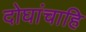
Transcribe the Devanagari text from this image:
दोघांचाहि